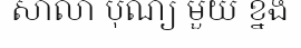
សាលា បុណ្យ មួយ ខ្នង